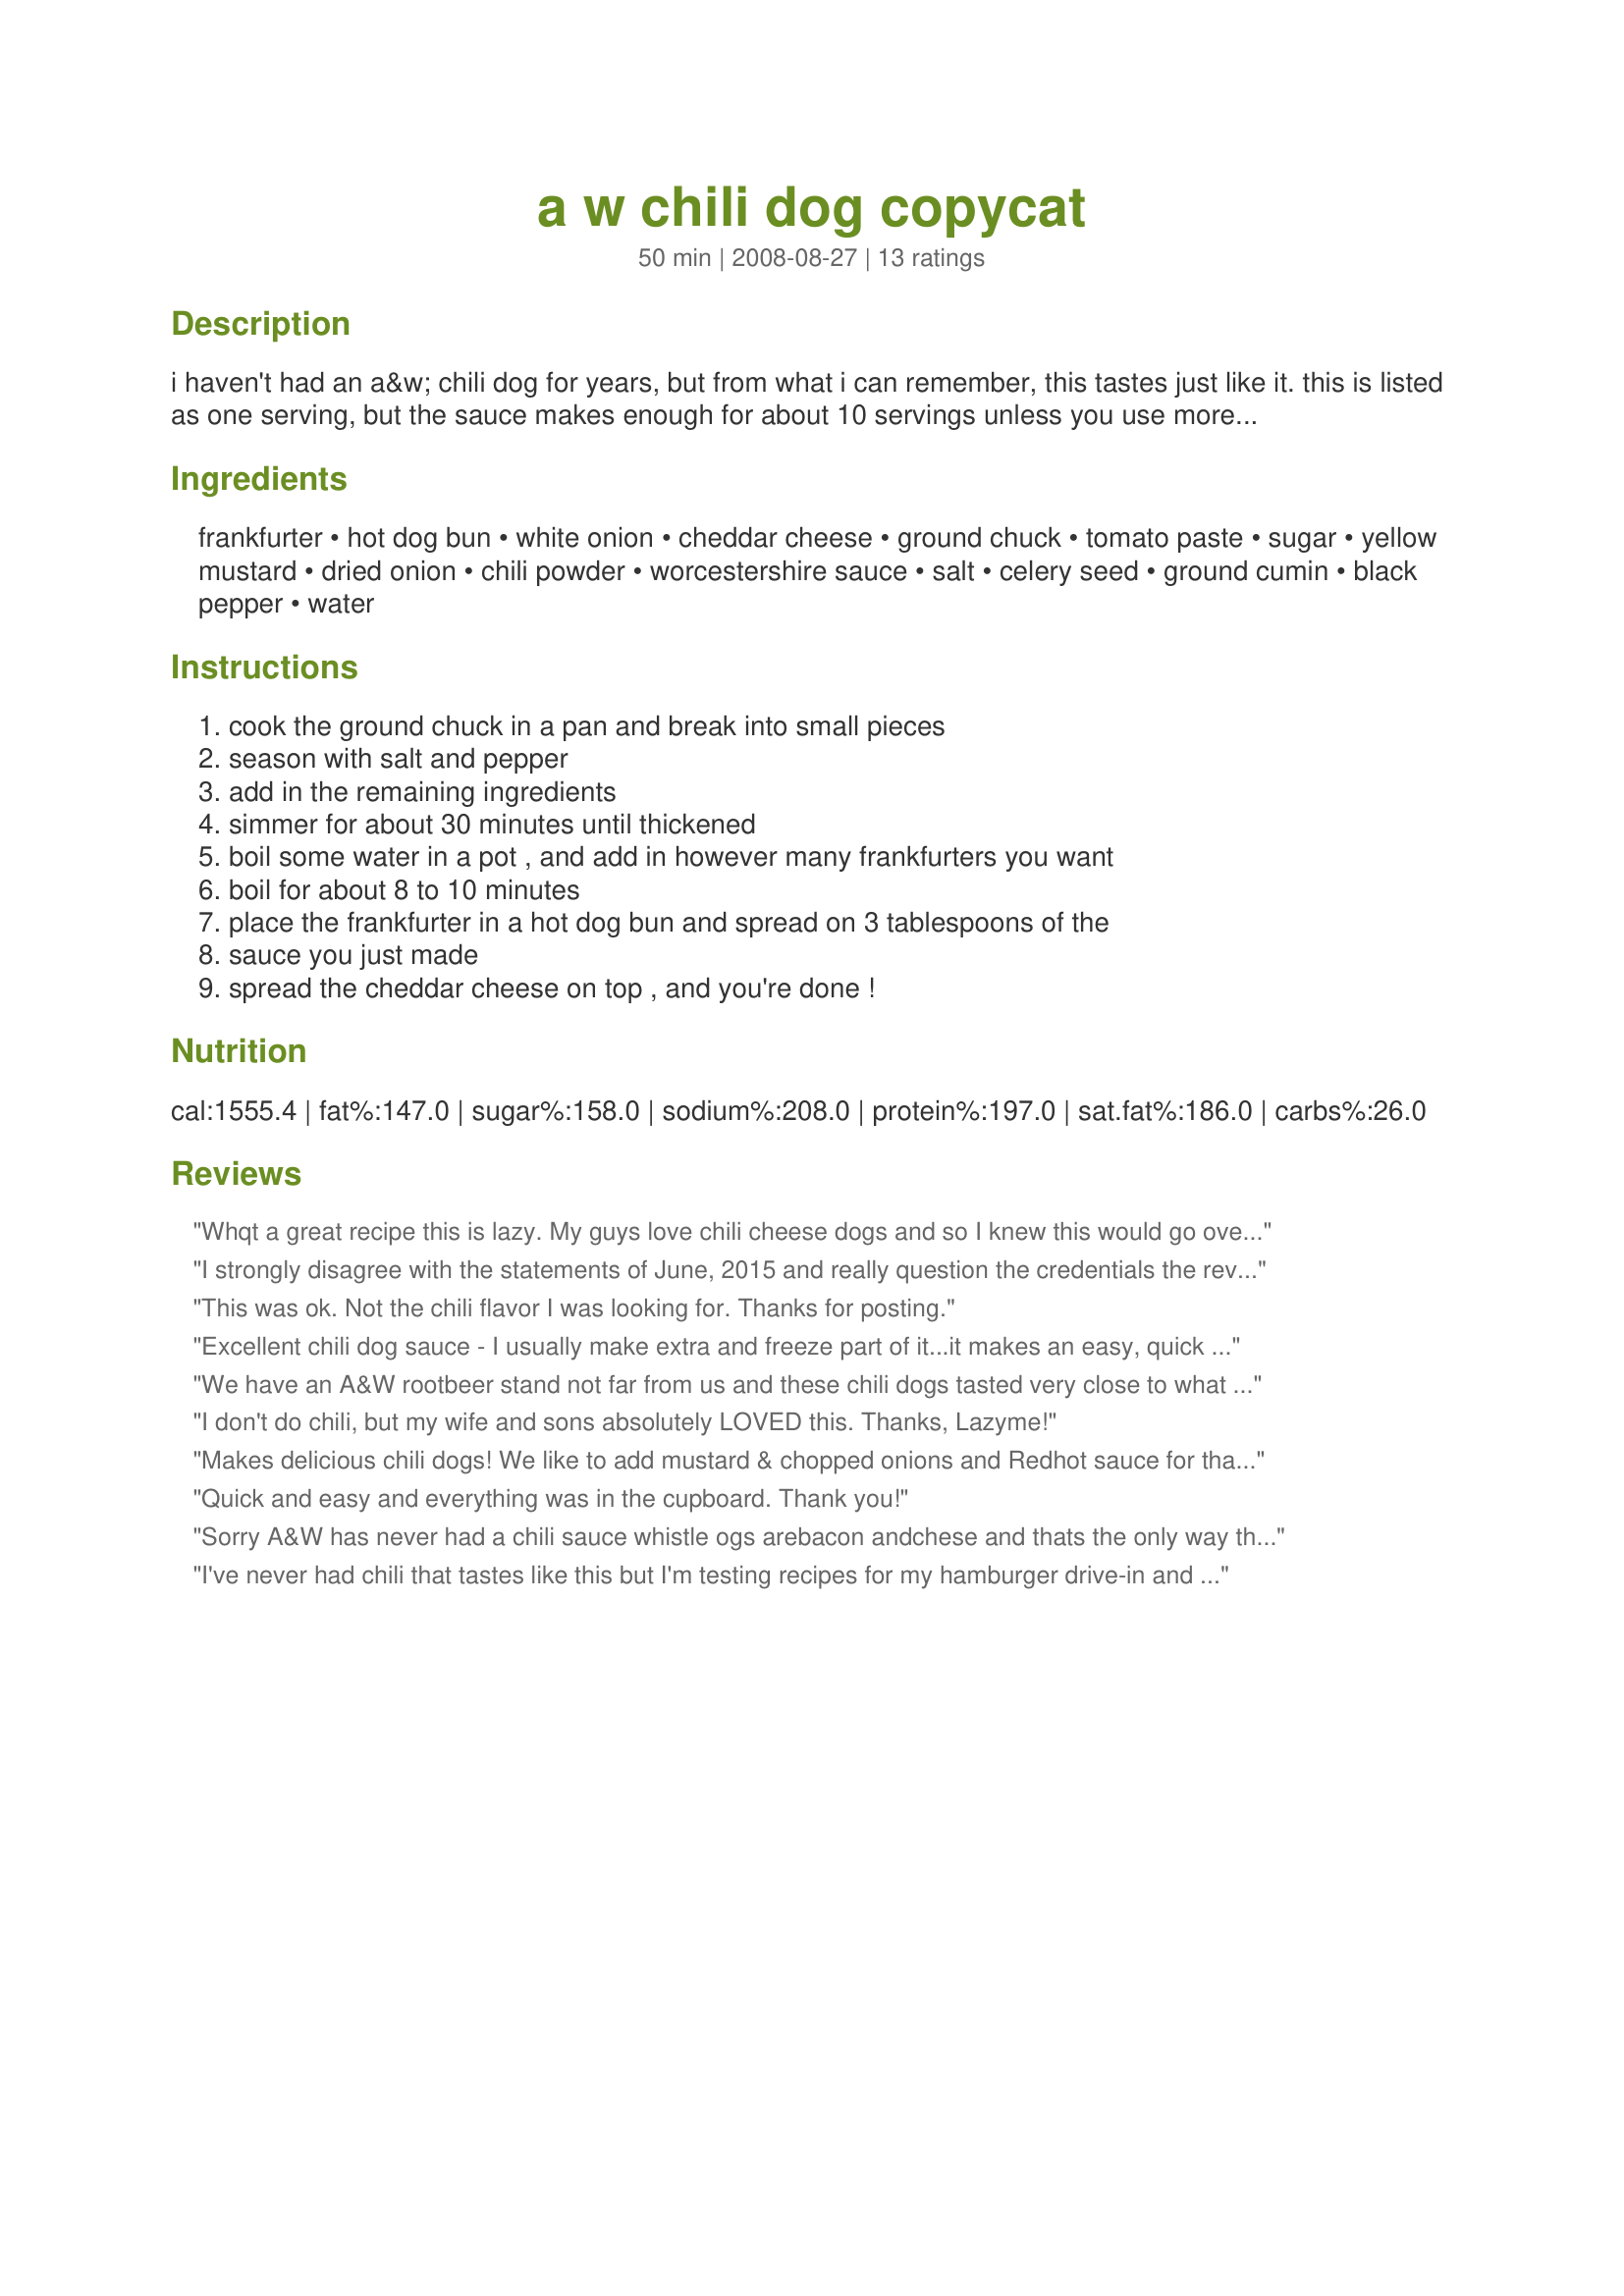
a w chili dog copycat
Preparation time: 50 minutes

i haven't had an a&w chili dog for years, but from what i can remember, this tastes just like it. this is listed as one serving, but the sauce makes enough for about 10 servings unless you use more on your dog like i do. the sauce can be frozen for future use.

Ingredients:
frankfurter, hot dog bun, white onion, cheddar cheese, ground chuck, tomato paste, sugar, yellow mustard, dried onion, chili powder, worcestershire sauce, salt, celery seed, ground cumin, black pepper, water

Steps:
cook the ground chuck in a pan and break into small pieces, season with salt and pepper, add in the remaining ingredients, simmer for about 30 minutes until thickened, boil some water in a pot , and add in however many frankfurters you want, boil for about 8 to 10 minutes, place the frankfurter in a hot dog bun and spread on 3 tablespoons of the, sauce you just made, spread the cheddar cheese on top , and you're done !

Reviews:
Whqt a great recipe this is lazy. My guys love chili cheese dogs and so I knew this would go over in a big way. It definitely did it's job of keeping them happy. I followed your recipe directions exactly other than omitting the onions. preference and all!!
Made for Footballtag '08-Week#3~
I strongly disagree with the statements of June, 2015 and really question the credentials the reviewer stated. I've made this recipe several times. The first time was for my family....wife, three adult daughters who all grew up where an A&amp;W was located. I didn't tell them it was a copycat recipe - I just said it was a coney dog sauce I found on the internet. After the first couple of bites they started comparing notes and said it reminded them of the A&amp;W coney dogs we used to get.
This was ok. Not the chili flavor I was looking for. Thanks for posting.
Excellent chili dog sauce - I usually make extra and freeze part of it...it makes an easy, quick meal for another day.
We have an A&W rootbeer stand not far from us and these chili dogs tasted very close to what we remember. I used a package of ground round that was about 1 1/2 pounds so I added another 1/3 cup of water. Covered and let simmer for the 30 minutes and it was perfect. We just topped our dogs with the sauce and enjoyed them a lot. Cant wait for lunch tomorrow! Served with aHardDaysNight's Recipe #304182 #304182 and had an indoor picnic for supper. Thank you lazyme for posting this recipe. Made and reviewed for the cookathon.
I don't do chili, but my wife and sons absolutely LOVED this. Thanks, Lazyme!
Makes delicious chili dogs! We like to add mustard & chopped onions and Redhot sauce for that final touch. Great football watching & kid-friendly food!
Thanks a bunch!
~Sue
Quick and easy and everything was in the cupboard. Thank you!
Sorry A&W has never had a chili sauce whistle ogs arebacon andchese and thats the only way they have ever made there hotdogs perhaps hey were confused with someone else
I've never had chili that tastes like this but I'm testing recipes for my hamburger drive-in and this one just might make the grade. It's yummy. I like it.
This was ok, but didn't wow me. Can't exactly decide what was missing, but needed more flavor. Texture wasn't how I remember A&amp;W chili.
FANTASTIC. Definitely different than regular old chili. Can't wait to serve it up tonight! Made for Football Pool week #6. THANKS for a keeper of a recipe.
Just have to say, our family owned A&amp;W&#039;s for years and this recipe isn&#039;t even close. The ingredients are not even close.
